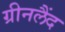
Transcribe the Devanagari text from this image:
ग्रीनलैंद